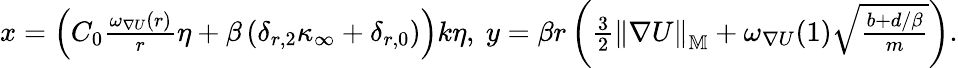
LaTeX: \begin{array}{r}{x=\left(C_{0}\frac{\omega_{\nabla U}(r)}{r}\eta+\beta\left(\delta_{r,2}\kappa_{\infty}+\delta_{r,0}\right)\right)k\eta,\ y=\beta r\left(\frac{3}{2}\left\| \nabla U\right\| _{\mathbb{M}}+\omega_{\nabla U}(1)\sqrt{\frac{b+d/\beta}{m}}\right).}\end{array}